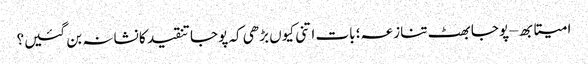
امیتابھ – پوجا بھٹ تنازعہ؛ بات اتنی کیوں بڑھی کہ پوجا تنقید کا نشانہ بن گئیں؟